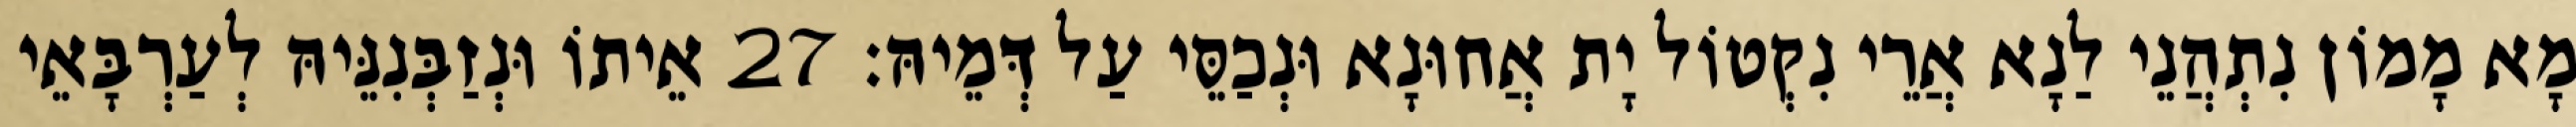
מָא מָמוֹן נִתְהֲנֵי לַנָא אֲרֵי נִקְטוֹל יָת אֲחוּנָא וּנְכַסֵּי עַל דְּמֵיהּ׃ 27 אֵיתוֹ וּנְזַבְּנִנֵּיהּ לְעַרְבָּאֵי